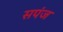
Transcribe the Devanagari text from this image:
सपंज